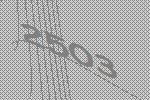
2503